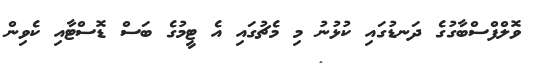
ވޮލްފްސްބާގުގެ ދަނޑުގައި ކުޅުނު މި މެޗުގައި އެ ޓީމުގެ ބަސް ޑޮސްޓާއި ކެވިން